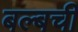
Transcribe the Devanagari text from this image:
बल्बची